Lunatic asylums in Bengal annual reports 1899-1911 - 1899-1911
Year: 1899
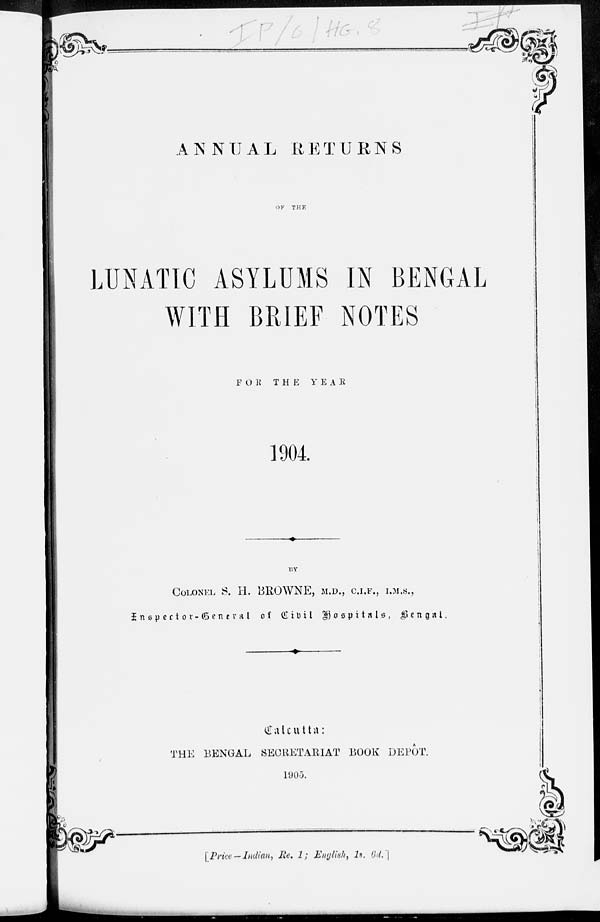
ANNUAL RETURNS
OF
THE
LUNATIC ASYLUMS IN BENGAL
WITH BRIEF NOTES
FOR
THE
YEAR
1904.
BY
COLONEL S. H. BROWNE, M.D., C.I.F., I.M.S.,
Inepector-General of Civil Hospitals, Bengal.
Calcutta:
THE BENGAL SECRETARIAT BOOK DEPÔT.
1905.
[Price — Indian, Re. 1; English, 1s. 6d. ]